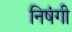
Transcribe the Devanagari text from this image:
निषंगी